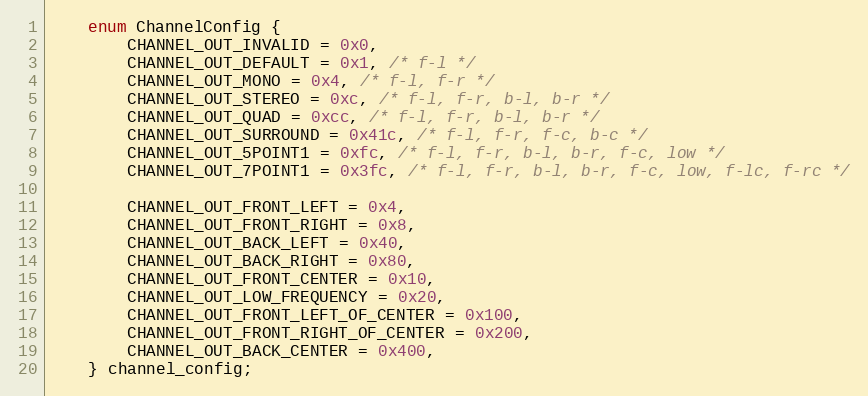
Language: C
    enum ChannelConfig {
        CHANNEL_OUT_INVALID = 0x0,
        CHANNEL_OUT_DEFAULT = 0x1, /* f-l */
        CHANNEL_OUT_MONO = 0x4, /* f-l, f-r */
        CHANNEL_OUT_STEREO = 0xc, /* f-l, f-r, b-l, b-r */
        CHANNEL_OUT_QUAD = 0xcc, /* f-l, f-r, b-l, b-r */
        CHANNEL_OUT_SURROUND = 0x41c, /* f-l, f-r, f-c, b-c */
        CHANNEL_OUT_5POINT1 = 0xfc, /* f-l, f-r, b-l, b-r, f-c, low */
        CHANNEL_OUT_7POINT1 = 0x3fc, /* f-l, f-r, b-l, b-r, f-c, low, f-lc, f-rc */

        CHANNEL_OUT_FRONT_LEFT = 0x4,
        CHANNEL_OUT_FRONT_RIGHT = 0x8,
        CHANNEL_OUT_BACK_LEFT = 0x40,
        CHANNEL_OUT_BACK_RIGHT = 0x80,
        CHANNEL_OUT_FRONT_CENTER = 0x10,
        CHANNEL_OUT_LOW_FREQUENCY = 0x20,
        CHANNEL_OUT_FRONT_LEFT_OF_CENTER = 0x100,
        CHANNEL_OUT_FRONT_RIGHT_OF_CENTER = 0x200,
        CHANNEL_OUT_BACK_CENTER = 0x400,
    } channel_config;